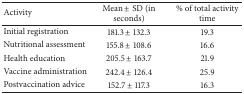
<table><thead><tr><td><b>Activity</b></td><td><b>Mean ± SD (in seconds)</b></td><td><b>% of total activity time</b></td></tr></thead><tbody><tr><td>Initial registration</td><td>181.3 ± 132.3</td><td>19.3</td></tr><tr><td>Nutritional assessment</td><td>155.8 ± 108.6</td><td>16.6</td></tr><tr><td>Health education</td><td>205.5 ± 163.7</td><td>21.9</td></tr><tr><td>Vaccine administration</td><td>242.4 ± 126.4</td><td>25.9</td></tr><tr><td>Postvaccination advice</td><td>152.7 ± 117.3</td><td>16.3</td></tr></tbody></table>